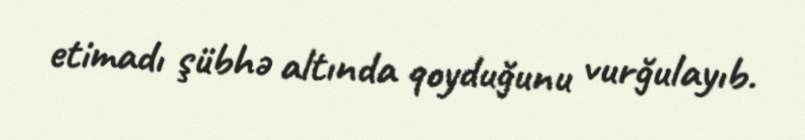
etimadı şübhə altında qoyduğunu vurğulayıb.